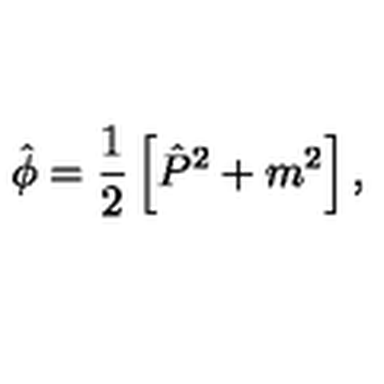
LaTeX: \hat { \phi } = \frac { 1 } { 2 } \left[ \hat { P } ^ { 2 } + m ^ { 2 } \right] ,